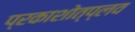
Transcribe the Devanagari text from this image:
प्रकाशोत्प्लव